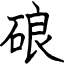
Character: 硠